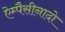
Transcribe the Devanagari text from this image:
ऐम्पैसीनादो